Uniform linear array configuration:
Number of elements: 4
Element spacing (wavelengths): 0.25
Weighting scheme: uniform
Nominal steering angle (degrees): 30
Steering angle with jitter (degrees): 30.748
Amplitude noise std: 0.05
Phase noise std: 0.05

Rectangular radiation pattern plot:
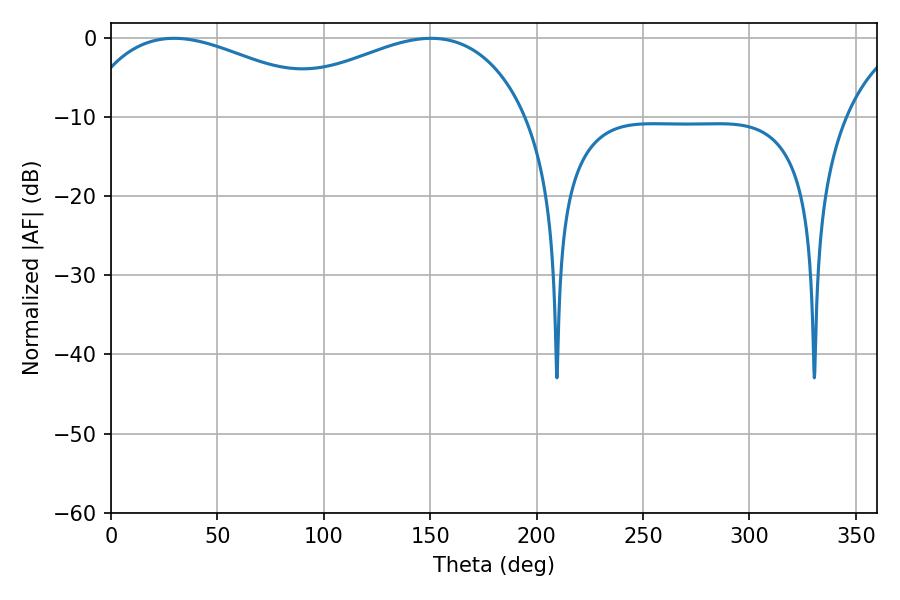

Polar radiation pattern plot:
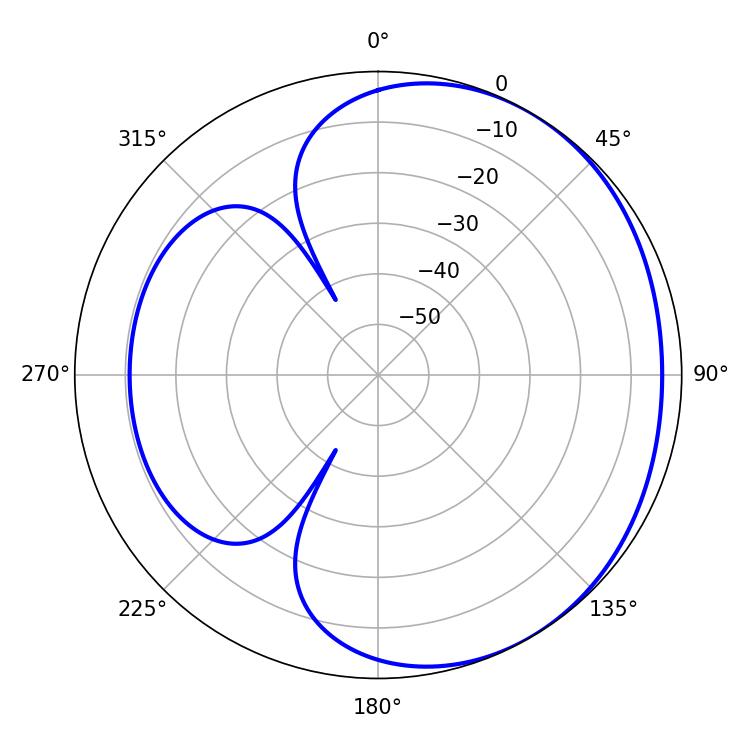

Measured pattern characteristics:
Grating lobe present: FALSE
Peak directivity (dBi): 2.212
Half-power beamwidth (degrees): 68.58
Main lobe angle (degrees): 29.7